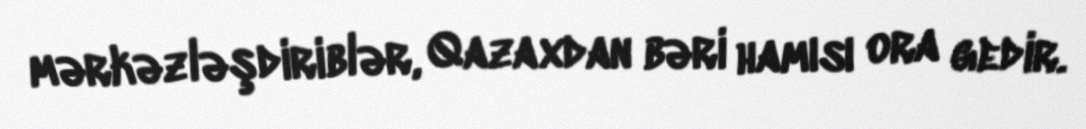
mərkəzləşdiriblər, Qazaxdan bəri hamısı ora gedir.